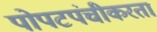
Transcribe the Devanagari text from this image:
पोपटपंचीकरता